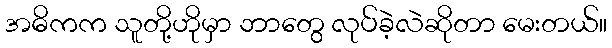
အဓိကက သူတို့ဟိုမှာ ဘာတွေ လုပ်ခဲ့လဲဆိုတာ မေးတယ်။